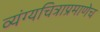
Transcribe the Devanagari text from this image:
व्यंग्यचित्राप्रमाणेच